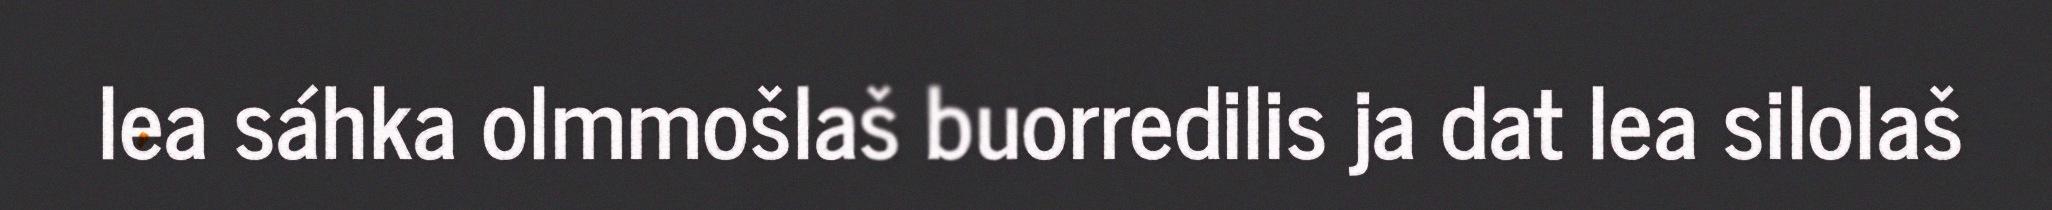
lea sáhka olmmošlaš buorredilis ja dat lea silolaš